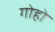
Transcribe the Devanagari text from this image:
गोहो